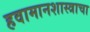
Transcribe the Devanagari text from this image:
हवामानशास्त्राचा